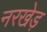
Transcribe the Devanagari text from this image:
नरखेड़